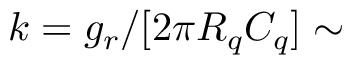
k = g _ { r } / [ 2 \pi R _ { q } C _ { q } ] \sim